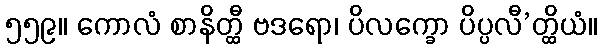
၅၅၉။ ကောလံ စာနိတ္ထီ ဗဒရော၊ ပိလက္ခော ပိပ္ပလီ’တ္ထိယံ။